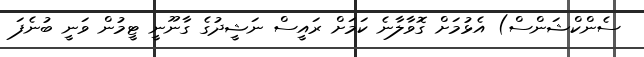
ސެންކްޝަންސް) އެޅުމަށް ގޮވާލާނެ ކަމަށް ރައީސް ނަޝީދުގެ ގާނޫނީ ޓީމުން ވަނީ ބުނެފަ